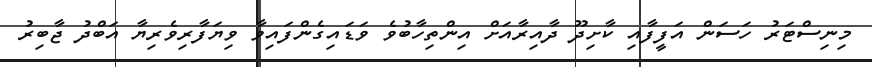
މިނިސްޓަރު ހަސަން އަފީފާއި ކާށިދޫ ދާއިރާއަށް އިންތިހާބުވެ ވަޑައިގެންފައިވާ ވިޔަފާރިވެރިޔާ އަބްދު ޖާބިރު